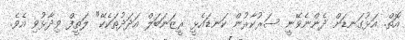
އޮތް. އަޅުގަނޑަށް ދެންނެވޭނީ ސަރުކާރުން ކަނޑައެޅީ ރީޒަނަބަލް އަދަދުތަކެކޭ" ލަތީފް ވިދާޅުވި އެވެ.